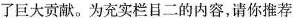
了巨大贡献。为充实栏目二的内容，请你推荐